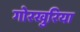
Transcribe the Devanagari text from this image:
गोरखुरिया